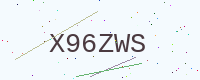
Text: X96ZWS